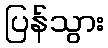
ပြန်သွား